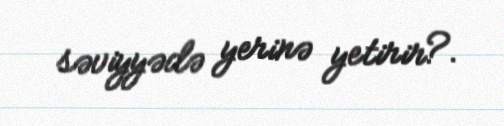
səviyyədə yerinə yetirir?.